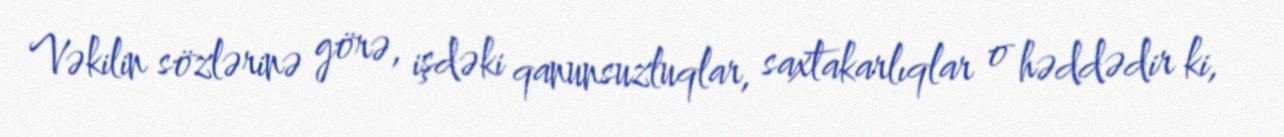
Vəkilin sözlərinə görə, işdəki qanunsuzluqlar, saxtakarlıqlar o həddədir ki,